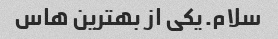
سلام.یکی از بهترین هاس